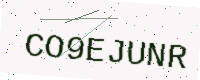
Text: CO9EJUNR